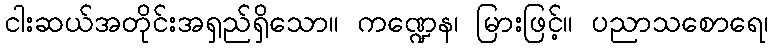
ငါးဆယ်အတိုင်းအရှည်ရှိသော။ ကဏ္ဍေန၊ မြားဖြင့်။ ပညာသစောရေ၊